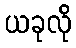
ယခုလို